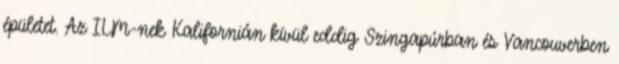
épületet. Az ILM-nek Kalifornián kívül eddig Szingapúrban és Vancouverben